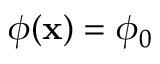
\phi ( \mathbf { x } ) = \phi _ { 0 }